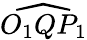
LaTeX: \widehat{O_{1}QP_{1}}